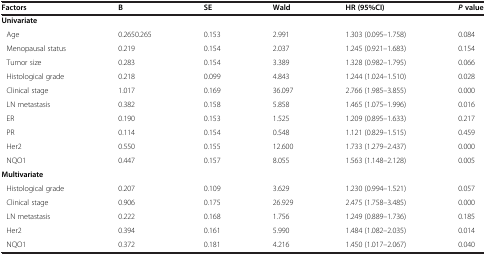
| Factors | B | SE | Wald | HR (95%CI) | P value |
 | --- | --- | --- | --- | --- | --- |
 | Univariate |  |  |  |  |  |
 | Age | 0.2650.265 | 0.153 | 2.991 | 1.303 (0.095–1.758) | 0.084 |
 | Menopausal status | 0.219 | 0.154 | 2.037 | 1.245 (0.921–1.683) | 0.154 |
 | Tumor size | 0.283 | 0.154 | 3.389 | 1.328 (0.982–1.795) | 0.066 |
 | Histological grade | 0.218 | 0.099 | 4.843 | 1.244 (1.024–1.510) | 0.028 |
 | Clinical stage | 1.017 | 0.169 | 36.097 | 2.766 (1.985–3.855) | 0.000 |
 | LN metastasis | 0.382 | 0.158 | 5.858 | 1.465 (1.075–1.996) | 0.016 |
 | ER | 0.190 | 0.153 | 1.525 | 1.209 (0.895–1.633) | 0.217 |
 | PR | 0.114 | 0.154 | 0.548 | 1.121 (0.829–1.515) | 0.459 |
 | Her2 | 0.550 | 0.155 | 12.600 | 1.733 (1.279–2.437) | 0.000 |
 | NQO1 | 0.447 | 0.157 | 8.055 | 1.563 (1.148–2.128) | 0.005 |
 | Multivariate |  |  |  |  |  |
 | Histological grade | 0.207 | 0.109 | 3.629 | 1.230 (0.994–1.521) | 0.057 |
 | Clinical stage | 0.906 | 0.175 | 26.929 | 2.475 (1.758–3.485) | 0.000 |
 | LN metastasis | 0.222 | 0.168 | 1.756 | 1.249 (0.889–1.736) | 0.185 |
 | Her2 | 0.394 | 0.161 | 5.990 | 1.484 (1.082–2.035) | 0.014 |
 | NQO1 | 0.372 | 0.181 | 4.216 | 1.450 (1.017–2.067) | 0.040 |